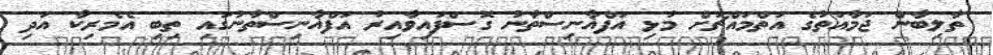
ތާލިބާން ޖަމާއަތުގެ އަތްމައްޗަށް މުޅި އަފްޣާނިސްތާނު ގޮސްފައިވާއިރު އަފްޣާނިސްތާނުގައި ތިބި އެމެރިކާ އަދި